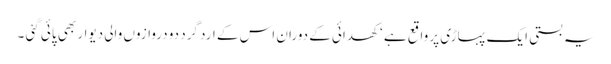
یہ بستی ایک پہاڑی پر واقع ہے ‘ کھدائی کے دوران اس کے ارد گرد دو دروازوں والی دیوار بھی پائی گئی ۔